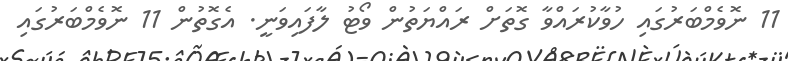
11 ނޮވެމްބަރުގައި ހުވާކުރައްވާ ގޮތަށް ރައްޔަތުން ވޯޓު ލާފައިވަނީ. އެގޮތުން 11 ނޮވެމްބަރުގައި